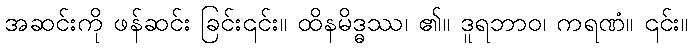
အဆင်းကို ဖန်ဆင်း ခြင်း၎င်း။ ထိနမိဒ္ဓဿ၊ ၏။ ဒူရဘာဝ၊ ကရဏံ။ ၎င်း။